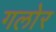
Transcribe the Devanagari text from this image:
गलोर